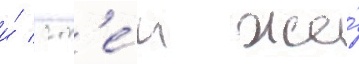
и́ с т'е́м же́